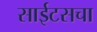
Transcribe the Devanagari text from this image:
साईटसचा